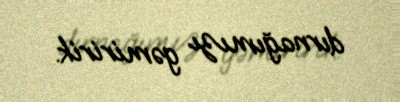
dırnağımızı gəmiririk.